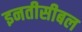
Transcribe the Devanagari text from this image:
इनतीसीबल